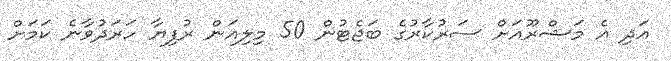
އަދި އެ މަޝްރޫއަށް ސަރުކާރުގެ ބަޖެޓުން 50 މިލިއަން ރުފިޔާ ހަރަދުވާނެ ކަމަށް